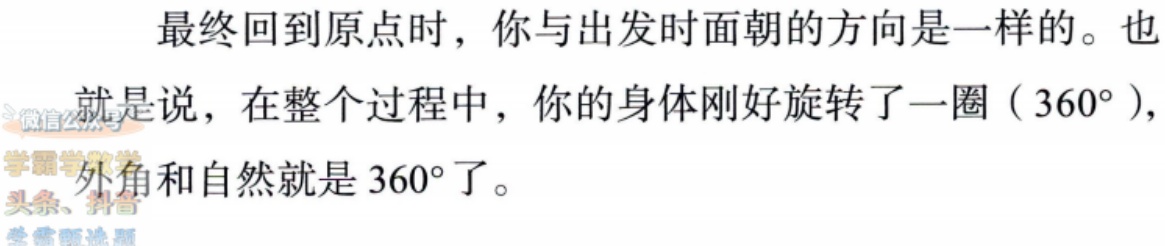
最终回到原点时，你与出发时面朝的方向是一样的。也就是说，在整个过程中，你的身体刚好旋转了一圈（$360^{\circ}$），外角和自然就是$360^{\circ}$了。